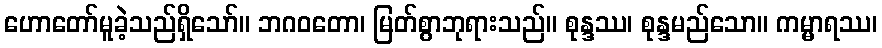
ဟောတော်မူခဲ့သည်ရှိသော်။ ဘဂဝတော၊ မြတ်စွာဘုရားသည်။ စုန္ဒဿ၊ စုန္ဒမည်သော။ ကမ္မာရဿ၊